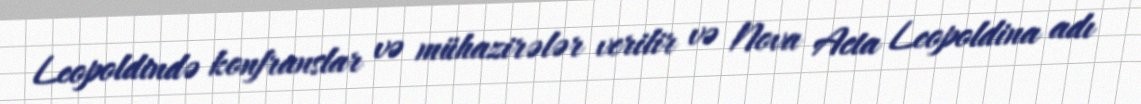
Leopoldində konfranslar və mühazirələr verilir və Nova Acta Leopoldina adı